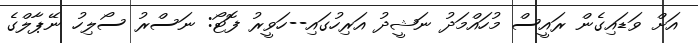
އަށް ވަޑައިގެން ރައީސް މުހައްމަދު ނަޝީދު އަރިހުގައި--ހަވީރު ފޮޓޯ: ނަސްރު ސޯލިހު ނޭޕާލްގެ